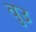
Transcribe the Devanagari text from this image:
वुउ